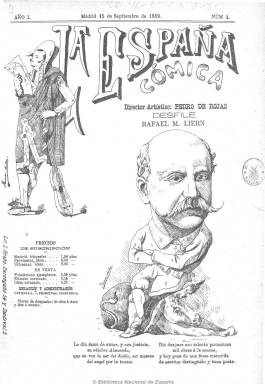
Título: La España cómica
Colección: Revistas satíricas y humorísticas
Ámbito geográfico: Madrid
Lugar de publicación: Madrid
Fechas: 15/09/1889-11/05/1890

Subtitulado como “semanario cómico ilustrado”, salía los domingos, con ocho páginas por número. La portada siempre la ocupaba una caricatura de un personaje público (periodista, escritor, actor, pintor, etc.), y las páginas centrales estaban dedicadas a los dibujos. Su director artístico fue Pedro de Rojas, siendo sustituido como director en 1890 por Diego María Losada. Además de grabados, contiene artículos, fábulas, diálogos, poemas, etc., siempre escritos en tono sarcástico y humorístico. Entre sus colaboradores aparecen Luis Gabaldón, Eduardo Villegas, Rafael Ramírez, el citado Diego María Lasala y Carlos Soler. Entre sus caricaturistas se encontraba Navarrete. Se proclamaba el periódico satírico más barato de cuantos se publicaban.